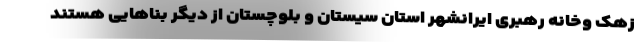
زهک وخانه رهبری ایرانشهر استان سیستان و بلوچستان از دیگر بناهایی هستند